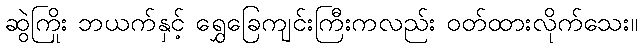
ဆွဲကြိုး ဘယက်နှင့် ရွှေခြေကျင်းကြီးကလည်း ဝတ်ထားလိုက်သေး။